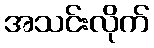
အသင်းလိုက်